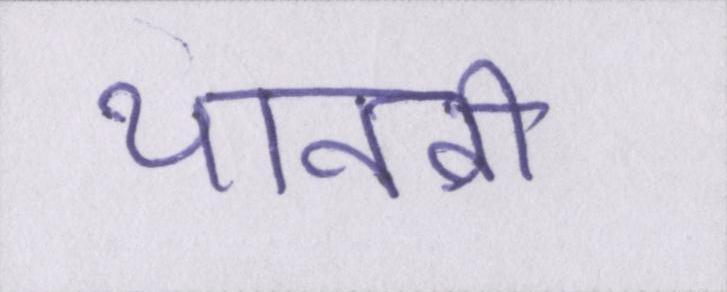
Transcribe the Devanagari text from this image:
थानवी